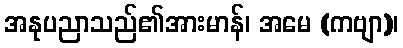
အနုပညာသည်၏အားမာန်၊ အမေ (ကဗျာ)၊